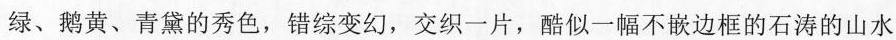
绿、鹅黄、青黛的秀色，错综变幻，交织一片，酷似一幅不嵌边框的石涛的山水